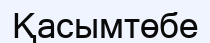
Қасымтөбе